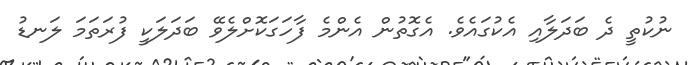
ނުކުތީ ދެ ބަދަލާއި އެކުގައެވެ. އެގޮތުން އެންމެ ފާހަގަކޮށްލެވޭ ބަދަލަކީ ފުރަތަމަ ލަނޑު